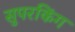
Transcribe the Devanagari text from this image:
सुपरकिंग